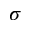
\sigma